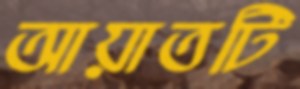
আয়াতটি